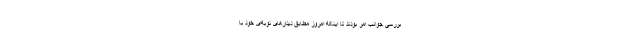
بررسی جوانب امر بودند تا اینکه امروز مطابق دیدارهای نوبه‌ای خود با